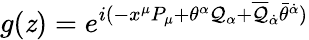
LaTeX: g(\mathit{z})=e^{i(-x^{\mu}P_{\mu}+\theta^{\alpha}\mathcal{Q}_{\alpha}+\overline{{{{\mathcal{Q}}}}}_{\dot{{\alpha}}}\bar{{\theta}}^{\dot{{\alpha}}})}